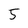
Character: 5